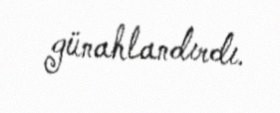
günahlandırdı.